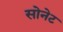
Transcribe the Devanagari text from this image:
सोनेट